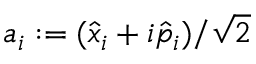
a _ { i } : = ( \hat { x } _ { i } + i \hat { p } _ { i } ) / \sqrt { 2 }